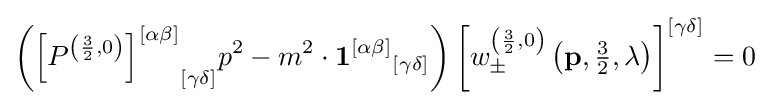
\left({\left[P^{\left({\frac {3}{2}},0\right)}\right]^{[\alpha \beta ]}}_{[\gamma \delta ]}p^{2}-m^{2}\cdot {{\mathbf {1} }^{[\alpha \beta ]}}_{[\gamma \delta ]}\right)\left[w_{\pm }^{\left({\frac {3}{2}},0\right)}\left({\mathbf {p} },{\tfrac {3}{2}},\lambda \right)\right]^{[\gamma \delta ]}=0